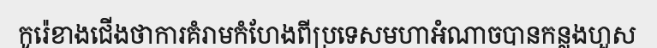
កូរ៉េខាងជើងថាការគំរាមកំហែងពីប្រទេសមហាអំណាចបានកន្លងហួស